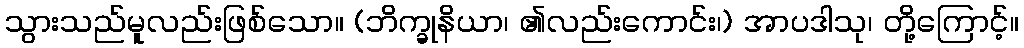
သွားသည်မူလည်းဖြစ်သော။ (ဘိက္ခုနိယာ၊ ၏လည်းကောင်း၊) အာပဒါသု၊ တို့ကြောင့်။